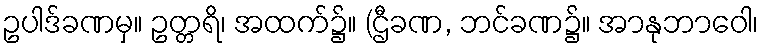
ဥပါဒ်ခဏမှ။ ဥတ္တရိ၊ အထက်၌။ (ဌီခဏ, ဘင်ခဏ၌။ အာနုဘာဝေါ၊